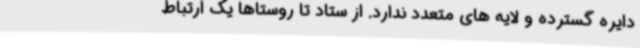
دایره گسترده و لایه های متعدد ندارد. از ستاد تا روستاها یک ارتباط